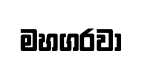
මහගරවා